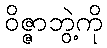
ဝိဇ္ဇာဘွဲ့ကို